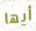
أيها